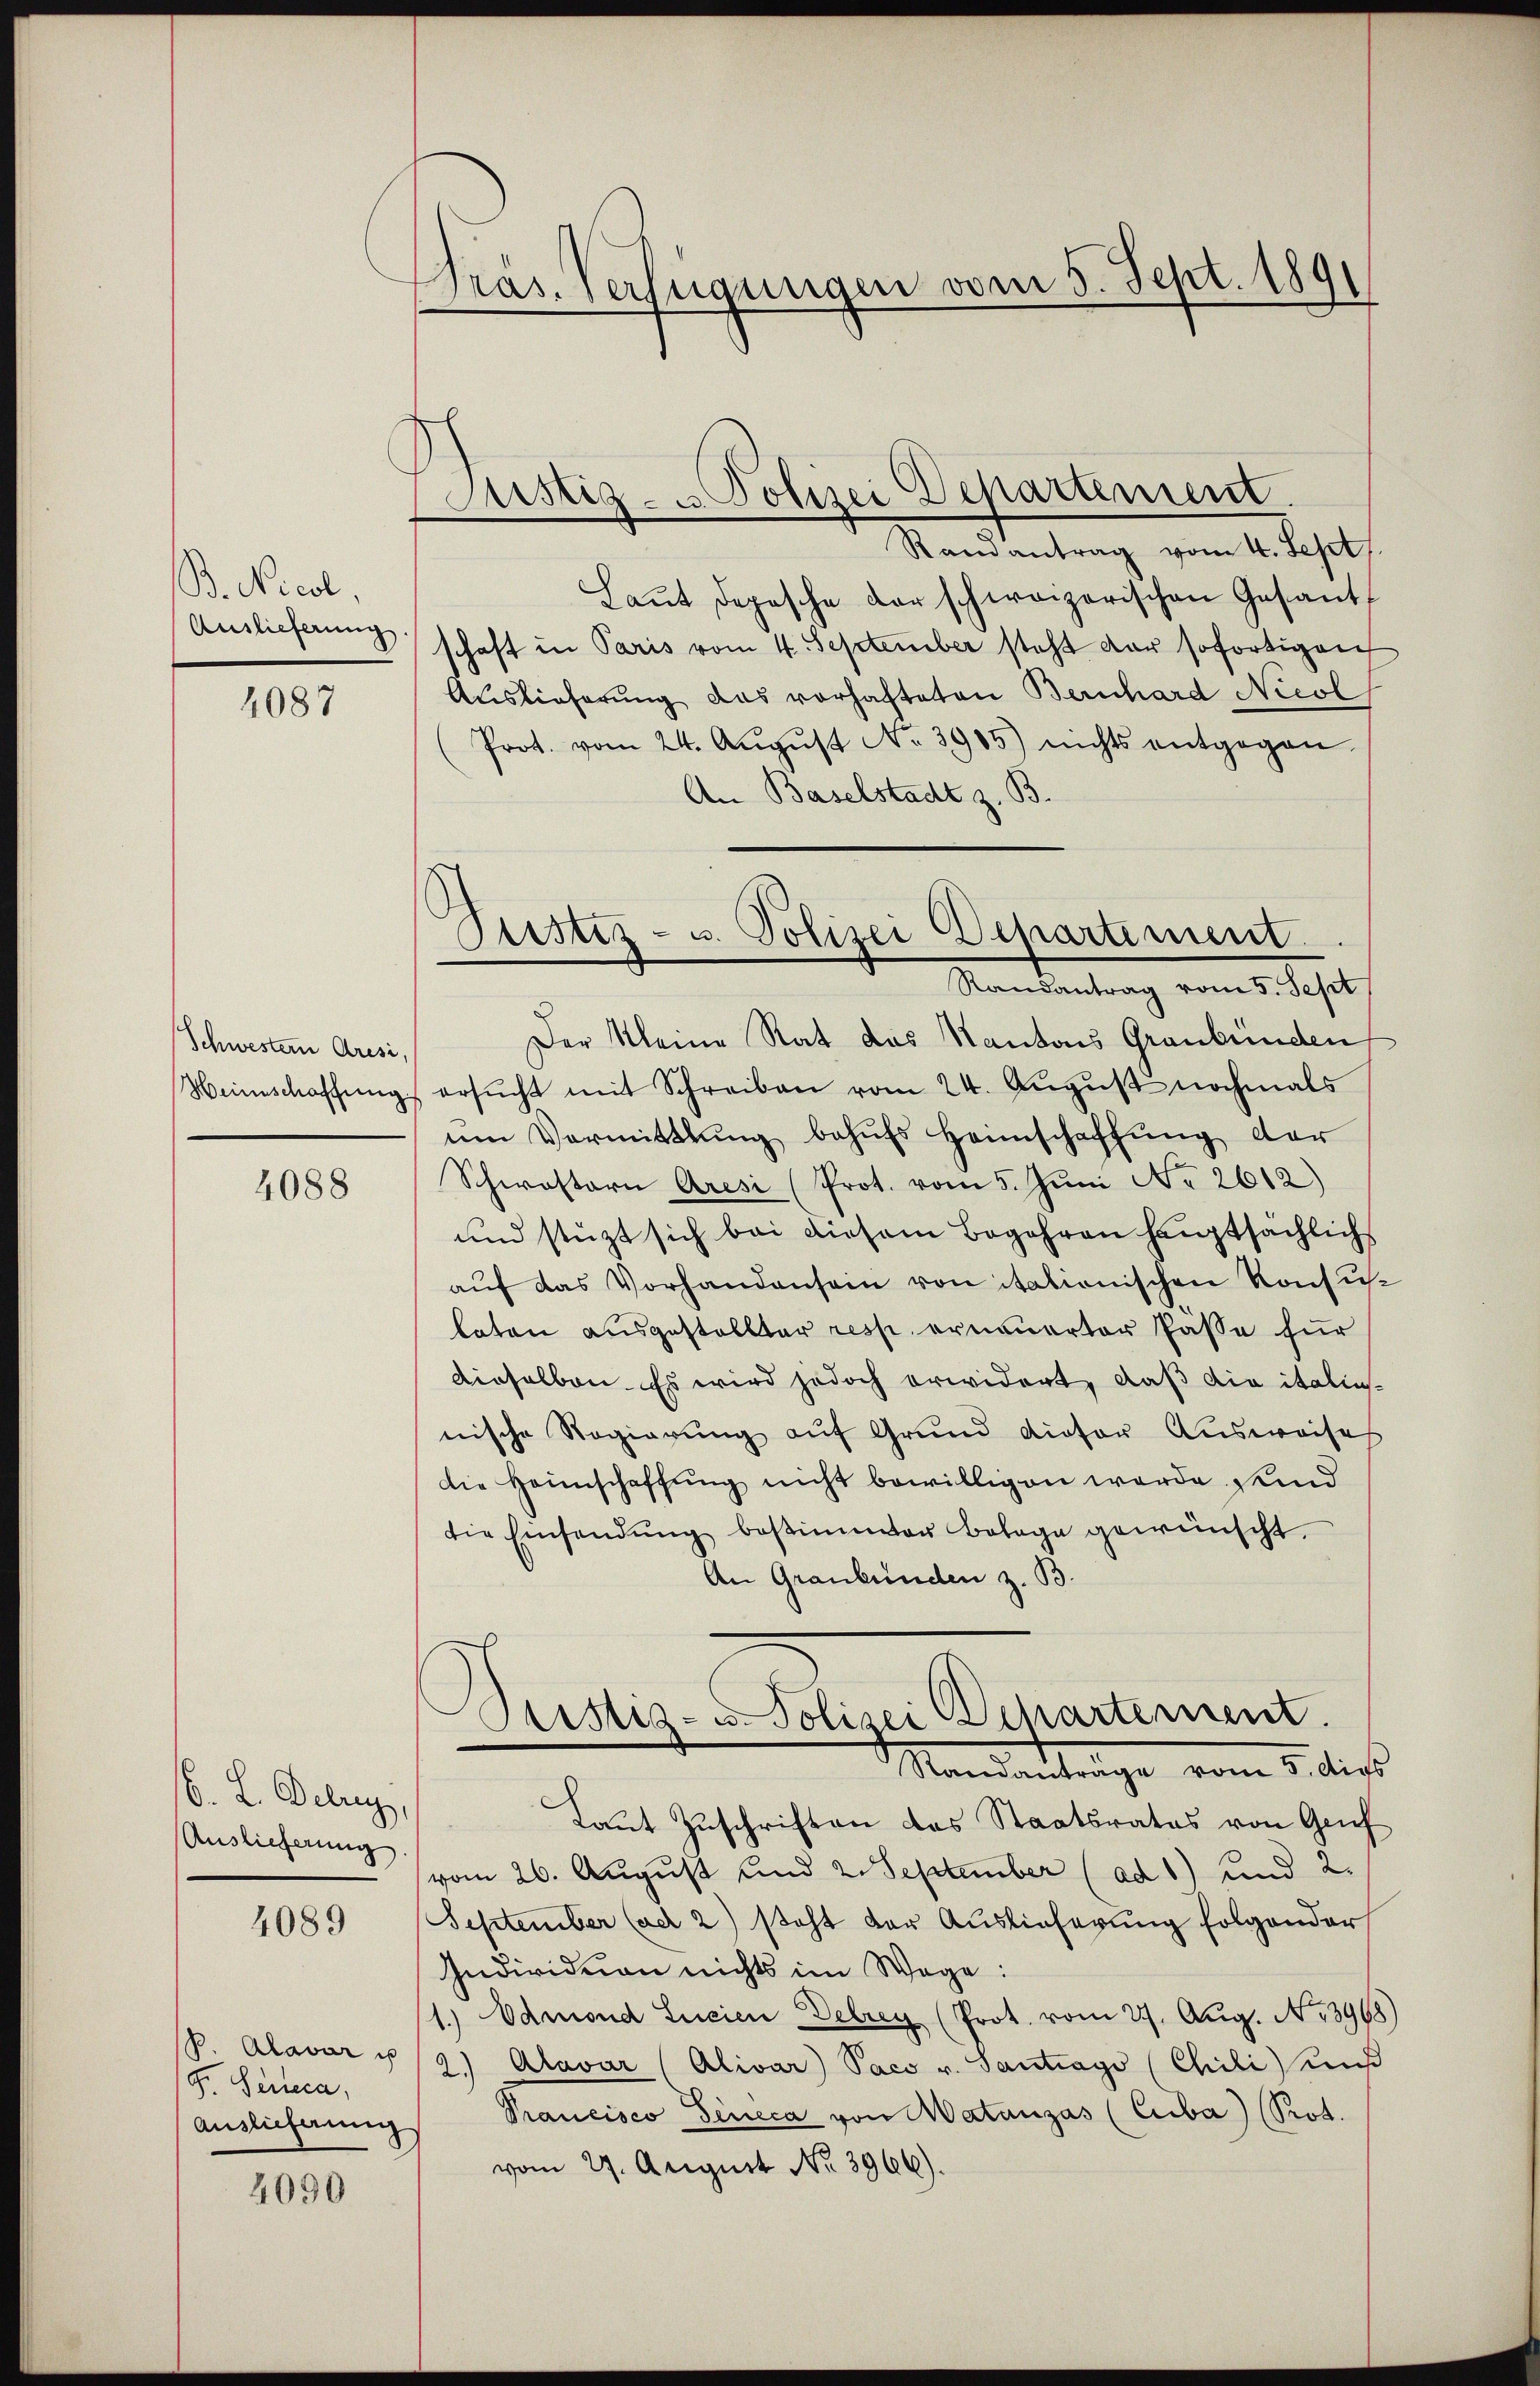
B. Nicol,
Auslieferung.

4087

Schwestern Aresi,

4088

6. L. Debrey,
Auslieferung

4089

G. Senica,

4090

Präs. Verfügungen vom 5. Sept. 189

Justiz- u Polizei Departement.
Randantrag vom 4. Sept.
Laŭt Depesche der schweizerischen Gesant-
schaft in Paris vom 4. September steht der sofortigen
Auslieferung das vorhafteten Bernhard Nicol
Prot. vom 24. Aŭgŭst No. 3905) nichts entgegen.
An Baselstadt z. B.
Der Kleine Rat das Kantons Graubünden
Weinschaffŭng ersŭcht mit Schreiben vom 24. August nochmals
ŭm Vermittlung behŭfs Heimschaffung der
Schwestern Aresi (Prot. vom 5. Jŭni No 2612)
und stüzt sich bei diesem Begehren hauptsächlichs
aŭf das Vorhandensein von itationischen Konsuch
laten ausgestellter resp. erneuerter Pässe für
dieselben. Es wird jedoch erwidert, daß die italinsnische Regierung auf Grund dieser Ausweises
die Heimschaffung nicht bewilligen werde sind
die Einsendŭng bestimmter Belage gewünscht.
An Graubünden z. B.
Seistig- u. Polizei Departement.
Mandantrage vom 5. dies
Laut Zuschriften das Staatsrates von Gruf
vom 26. August und 2. September (ad 1) und 2.
September (ad 2) steht der Auslieferung folgender
Individuen nichts im Wage:
1.) Admond Lucien Debrey (Prot. vom 27. Aug. No 3968
p. Alavár v /9) Alavar (Alivar Paco v. Santrago (Chili Kes
Auslieferung Prancisco Tinica von Matanzas (Cuba) (Prot.
vom 29. August No. 3966).

Justiz- u. Polizei Departement.
Randantrag vom 5. Sept